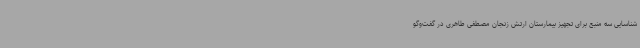
شناسایی سه منبع برای تجهیز بیمارستان ارتش زنجان مصطفی طاهری در گفت‌وگو